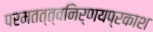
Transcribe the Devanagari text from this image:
परमतत्त्वनिर्णयप्रकाश